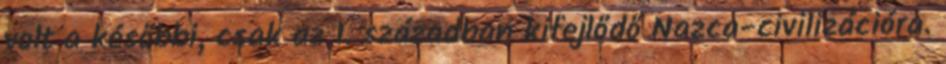
volt a későbbi, csak az 1. században kifejlődő Nazca-civilizációra.